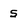
Character: 5